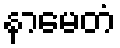
နာမေတံ